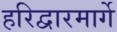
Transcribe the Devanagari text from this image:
हरिद्वारमार्गे